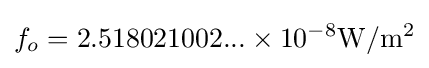
f_{o}=2.518021002...\times 10^{-8}\mathrm {W/m^{2}}